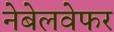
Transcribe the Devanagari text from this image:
नेबेलवेफर